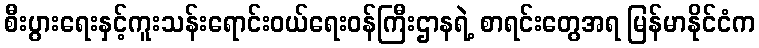
စီးပွားရေးနှင့်ကူးသန်းရောင်းဝယ်ရေးဝန်ကြီးဌာနရဲ့ စာရင်းတွေအရ မြန်မာနိုင်ငံက